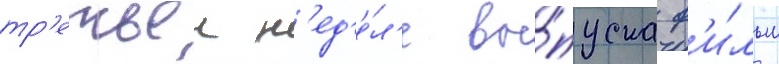
тр'етьеи н'ед'е́л'е вы́пуска ф'и́льм